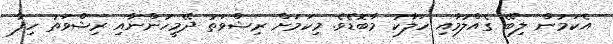
އެކަމުން ލިބޭ ގެއްލުމާއި ހަލާކު މާބޮޑެވެ. މިކަމަށް ރިޝްވަތު ދޭމީހުންނާއި ރިޝްވަތު ހިފާ